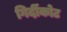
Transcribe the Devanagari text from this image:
गिर्दीकोट